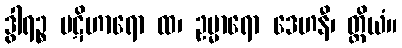
ဒွါရဉ္စ ပဋိဟာရော ထ၊ ဥမ္မာရော ဒေဟနီ၊ တ္ထိယံ။